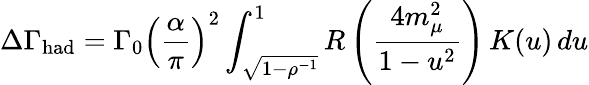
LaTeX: \Delta\Gamma_{\mathrm{had}}=\Gamma_{0}\left(\frac{\alpha}{\pi}\right)^{2}\int_{\sqrt{1-\rho^{-1}}}^{1}R\left(\frac{4m_{\mu}^{2}}{1-u^{2}}\right)\, K(u)\, du